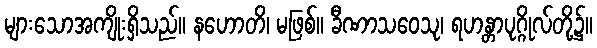
များသောအကျိုးရှိသည်။ နဟောတိ၊ မဖြစ်။ ခီဏာသဝေသု၊ ရဟန္တာပုဂ္ဂိုလ်တို့၌။